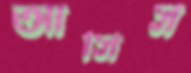
আসিস